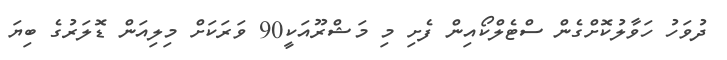
ދުވަހު ހަވާލުކޮށްގެން ސްޓެލްކޯއިން ފެށި މި މަޝްރޫއަކީ90 ވަރަކަށް މިލިއަން ޑޮލަރުގެ ބިޔަ